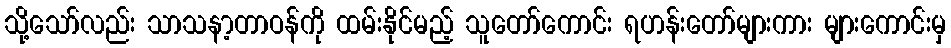
သို့သော်လည်း သာသနာ့တာဝန်ကို ထမ်းနိုင်မည့် သူတော်ကောင်း ရဟန်းတော်များကား များကောင်းမှ